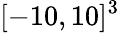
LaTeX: [-10,10]^{3}